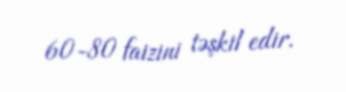
60-80 faizini təşkil edir.